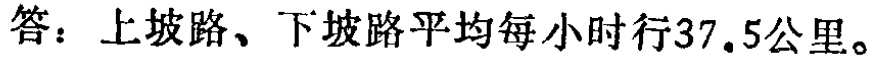
答：上坡路、下坡路平均每小时行37.5公里。